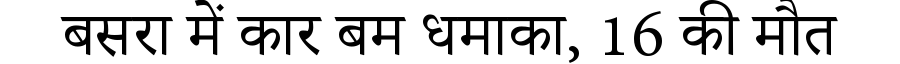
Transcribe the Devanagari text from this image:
बसरा में कार बम धमाका, 16 की मौत